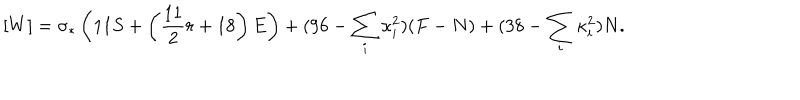
LaTeX: [ W ] = \sigma _ { * } \left( 1 1 S + \left( { \frac { 1 1 } { 2 } } r + 1 8 \right) E \right) + ( 9 6 - \sum _ { i } \kappa _ { i } ^ { 2 } ) ( F - N ) + ( 3 8 - \sum _ { i } \kappa _ { i } ^ { 2 } ) N .